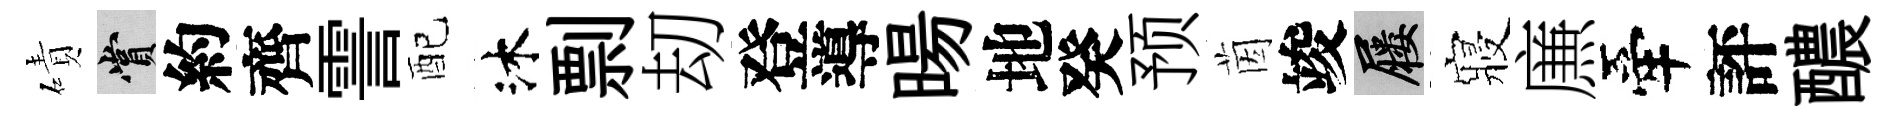
磧賞約齊霅配沐剽刧登導暘地癸预茵竣屨寢㢘牽評醲